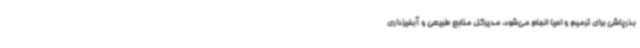
بذرپاشی برای ترمیم و احیا انجام می‌شود. مدیرکل منابع طبیعی و آبخیزداری